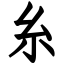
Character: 糸